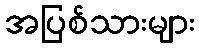
အပြစ်သားများ